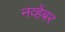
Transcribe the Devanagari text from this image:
नव्हेंबर